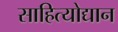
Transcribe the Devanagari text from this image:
साहित्योद्यान